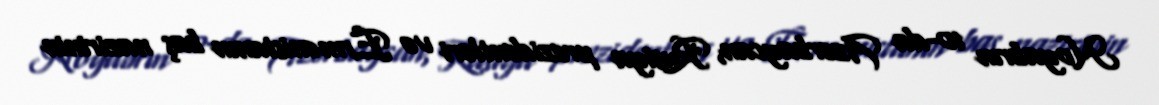
Noyabrın 10-da Azərbaycan, Rusiya prezidentləri və Ermənistanın baş nazirinin